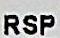
RSP